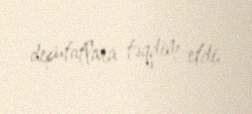
deputatlara təqdim etdi.